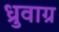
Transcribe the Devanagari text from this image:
ध्रुवाग्र